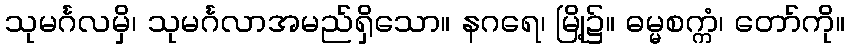
သုမင်္ဂလမှိ၊ သုမင်္ဂလာအမည်ရှိသော။ နဂရေ၊ မြို့၌။ ဓမ္မစက္ကံ၊ တော်ကို။